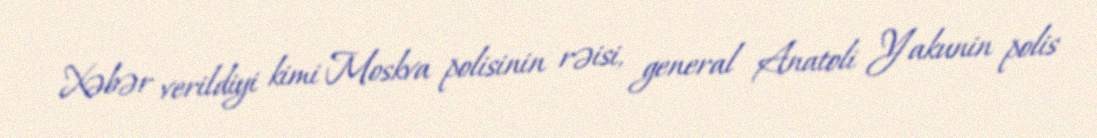
Xəbər verildiyi kimi Moskva polisinin rəisi, general Anatoli Yakunin polis